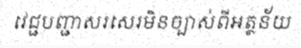
វេជ្ជបញ្ជាសរសេរមិនច្បាស់ពីអត្ថន័យ